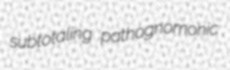
subtotaling pathognomonic